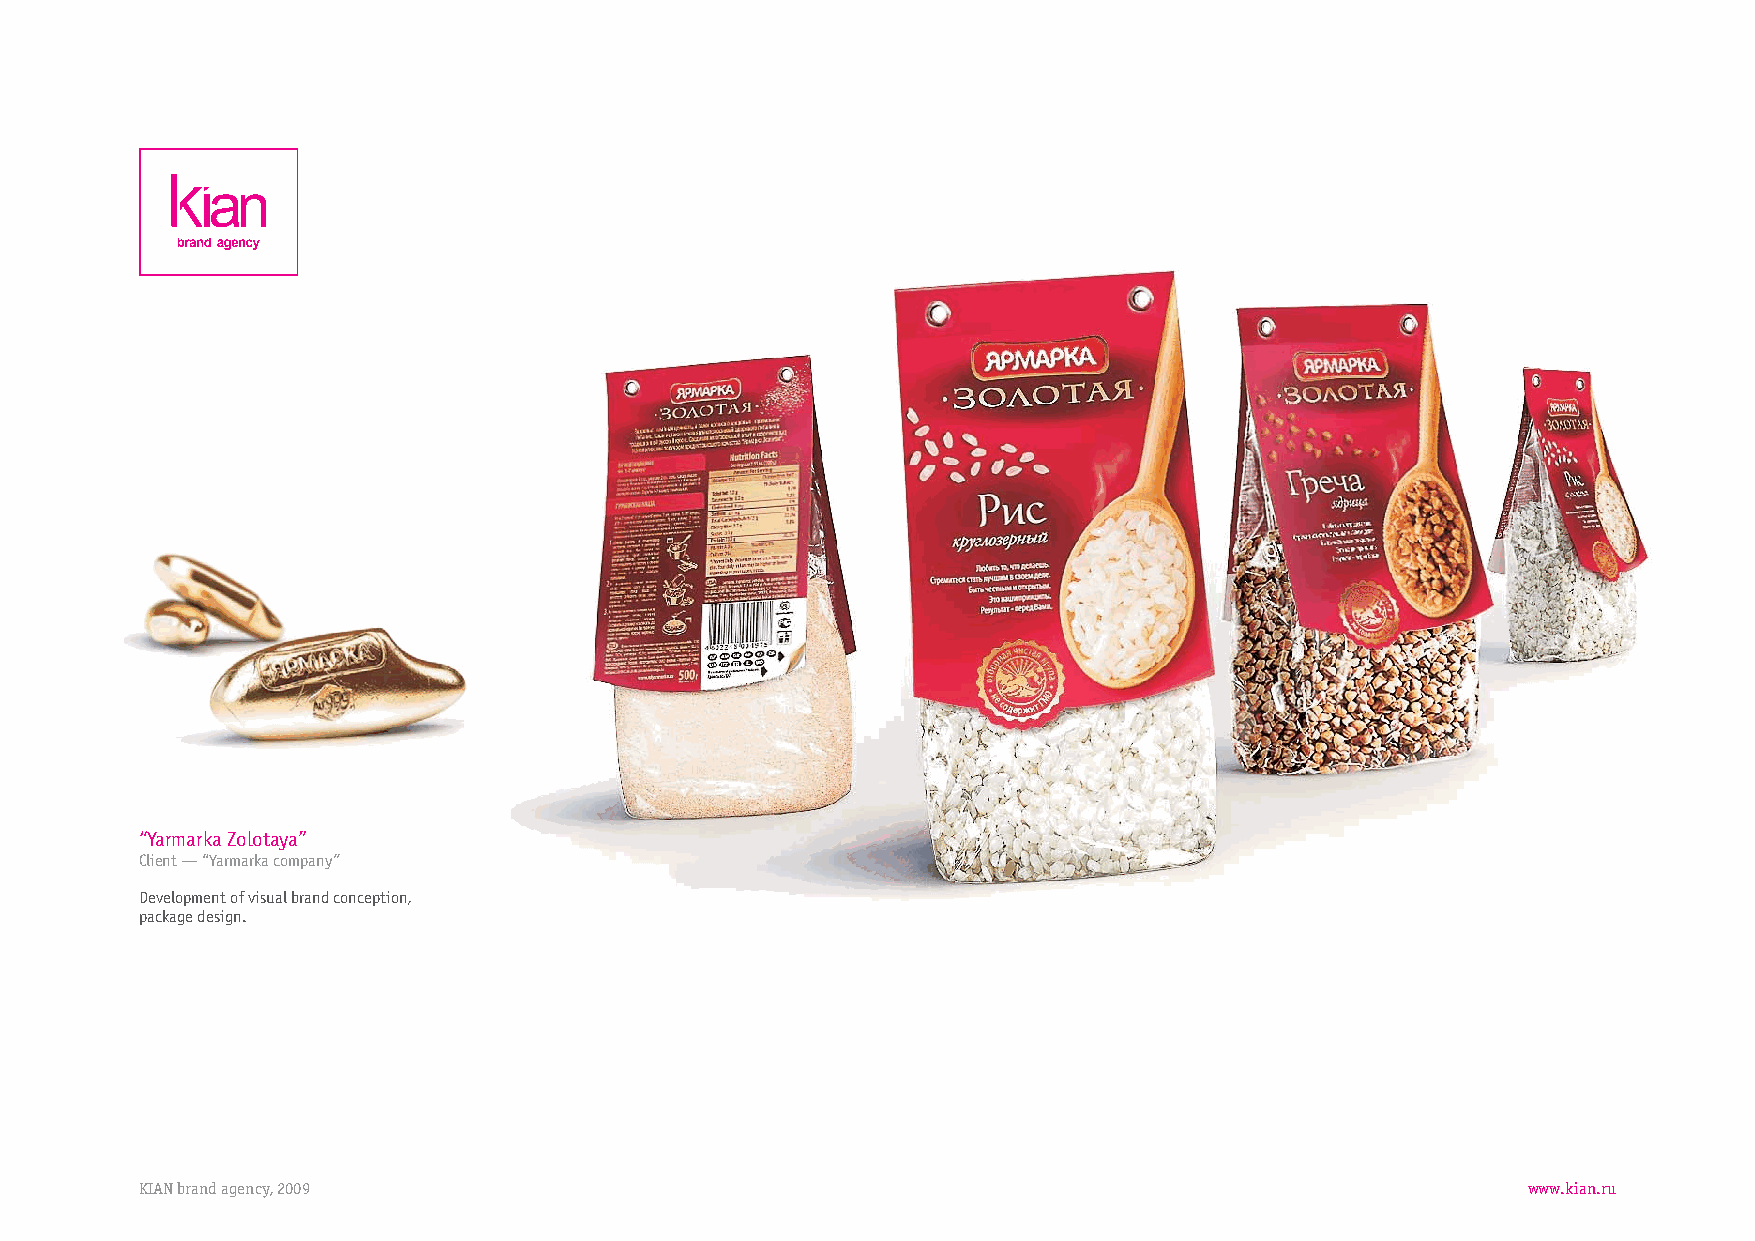
“YarmarkaZolotaya”
 Client—“Yarmarkacompany”
 Developmentofvisualbrandconception,
 packagedesign.
 KIANbrandagency,2009                                                                        www.kian.ru